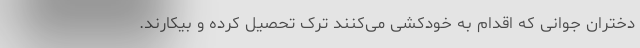
دختران جوانی که اقدام به خودکشی می‌کنند ترک تحصیل کرده و بیکارند.